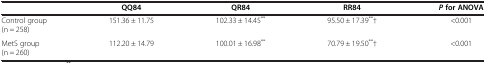
<table><thead><tr><td><b> </b></td><td><b>QQ84</b></td><td><b>QR84</b></td><td><b>RR84</b></td><td><b><i>P </i>for ANOVA</b></td></tr></thead><tbody><tr><td>Control group (n = 258)</td><td>151.36 ± 11.75</td><td>102.33 ± 14.45<sup>**</sup></td><td>95.50 ± 17.39<sup>**</sup>†</td><td>&lt;0.001</td></tr><tr><td>MetS group (n = 260)</td><td rowspan="2">112.20 ± 14.79</td><td rowspan="2">100.01 ± 16.98<sup>**</sup></td><td rowspan="2">70.79 ± 19.50<sup>**</sup>†</td><td rowspan="2">&lt;0.001</td></tr></tbody></table>